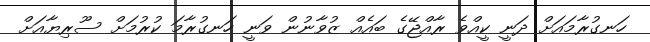
ހަނގުރާމައަށް ދަނީ ކީއްވެ ރާއްޖޭގެ ބައެއް ޒުވާނުން ވަނީ ހަނގުރާމަ ކުރުމަށް ސޫރިޔާއަށް